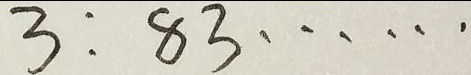
3 : 8 3 \cdots